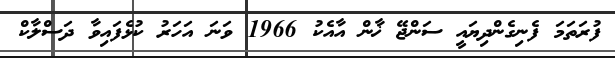
ފުރަތަމަ ފެނިގެންދިޔައީ ސަންޖޭ ޚާން އާއެކު 1966 ވަނަ އަހަރު ކުޅެފައިވާ ދަސްލާކް